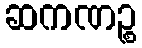
ဆကဏဉ္စ